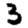
Digit: 3